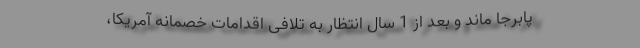
پابرجا ماند و بعد از 1 سال انتظار به تلافی اقدامات خصمانه آمریکا،